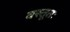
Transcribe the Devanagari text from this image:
वस्तूतः